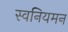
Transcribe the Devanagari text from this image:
स्वनियमन